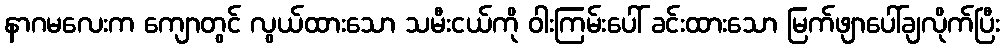
နာဂမလေးက ကျောတွင် လွယ်ထားသော သမီးငယ်ကို ဝါးကြမ်းပေါ် ခင်းထားသော မြက်ဖျာပေါ်ချလိုက်ပြီး